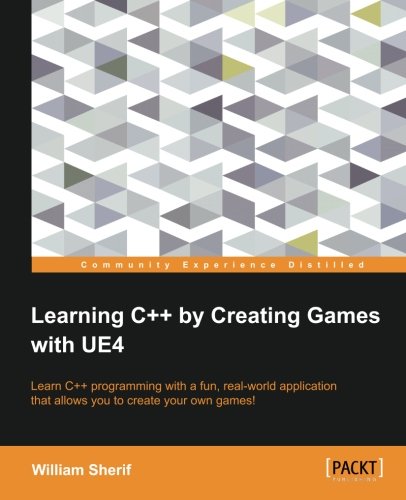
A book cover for Learning C++ by Creating Games with UE4; William Sherif; Computers & Technology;